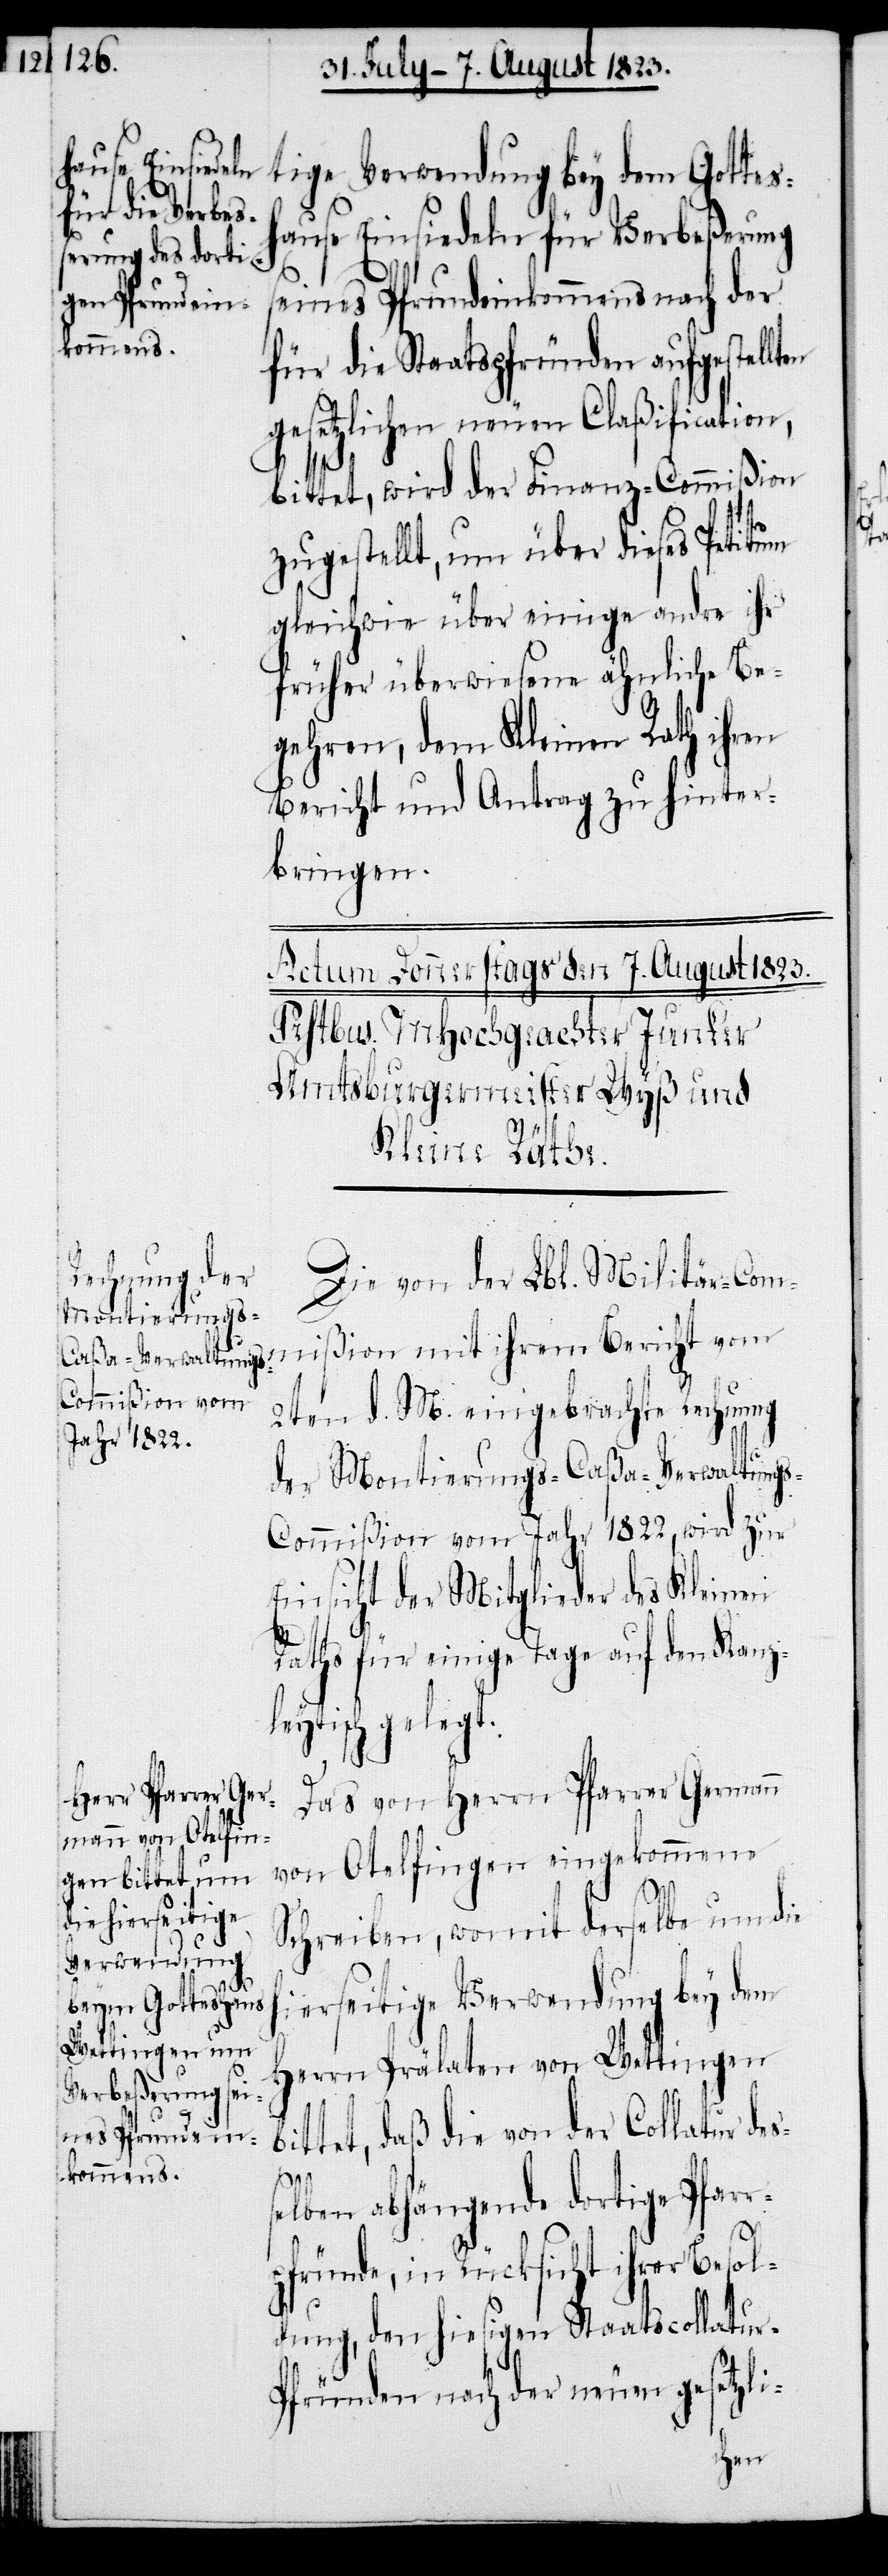
tige Verwendung bey dem Gottes¬
hause Einsiedeln für Verbeßerung
seines Pfrundeinkommens nach der
für die Staatspfründen aufgestell¬
gesetzlichen neuen Claßification,
bittet, wird der Finanz-Commißion
zugestellt, um über dieses Petitum
gleichwie über einige andre ihr
früher überwiesene ähnliche Be¬
gehren, dem Kleinen Rath ihren
Bericht und Antrag zu hinter¬
bringen.
Die von der Lbl. Militär-Com¬
mißion mit ihrem Bericht vom
2ten d. M. eingebrachte Rechnung
der Montierungs-Caßa-Verwaltung¬
s-Commißion vom Jahr 1822, wird zur
Einsicht der Mitglieder des Kleinen
Raths für einige Tage auf den Kanz¬
leytisch gelegt.
r-P¬
Das von Herrn Pfarrer Germann
von Otelfingen eingekommene
Schreiben, womit derselbe um die
hierseitige Verwendung bey dem
Herrn Prälaten von Wettingen
bittet, daß die von der Collatur des¬
elben abhängende dortige Pfarr¬
pfründe, in Rücksicht ihrer Besol¬
dung, den hiesigen Staatscollatu¬
fründen nach der neuen gesetzli-
ten